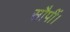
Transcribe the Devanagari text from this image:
सौपीं।